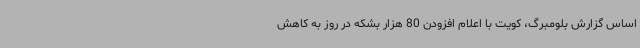
اساس گزارش بلومبرگ، کویت با اعلام افزودن 80 هزار بشکه در روز به کاهش